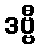
ဒဗ္ဗီ